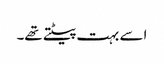
اسے بہت پیٹتے تھے۔